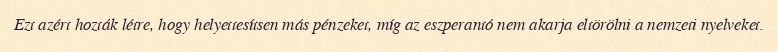
Ezt azért hozták létre, hogy helyettesítsen más pénzeket, míg az eszperantó nem akarja eltörölni a nemzeti nyelveket.